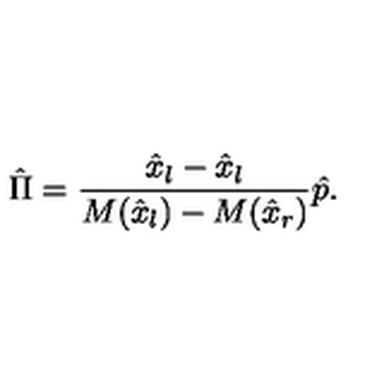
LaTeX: \hat { \Pi } = { \frac { \hat { x } _ { l } - \hat { x } _ { l } } { M ( \hat { x } _ { l } ) - M ( \hat { x } _ { r } ) } } \hat { p } .